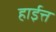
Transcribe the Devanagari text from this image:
हाईत्त